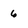
Character: 6